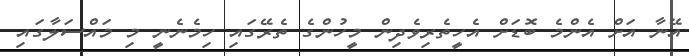
އޭނާ އަށް އެންމެ ބޮޑަށް އެހީތެރިވެދިން މީހުންގެ ތެރޭގައި ހިމެނެނީ މި މައްސަލާގައި